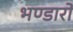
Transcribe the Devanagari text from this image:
भण्डारो